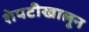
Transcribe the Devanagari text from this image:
शेपटीखालून